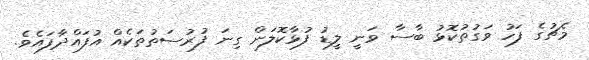
މެޗުގެ ފަހު ވަގުތުކޮޅު ބާސާ ވަނީ ލީޑު ފުޅާކޮލަން ގިނަ ފުރުސަތުތަކެއް އުފައްދާފައެވެ.